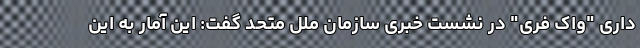
داری "واک فری" در نشست خبری سازمان ملل متحد گفت: این آمار به این